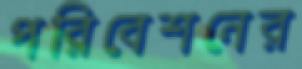
পরিবেশনের